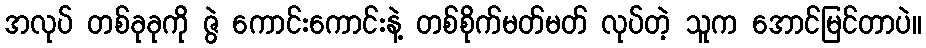
အလုပ် တစ်ခုခုကို ဇွဲ ကောင်းကောင်းနဲ့ တစ်စိုက်မတ်မတ် လုပ်တဲ့ သူက အောင်မြင်တာပဲ။